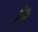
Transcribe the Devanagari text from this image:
ईंक